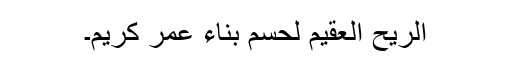
الریح العقیم لحسم بناء عمر کریم۔